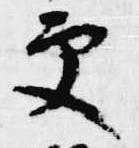
更